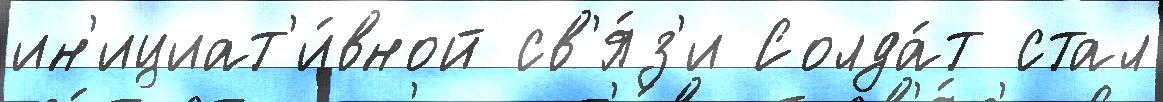
ин'ициат'и́вной св'я́з'и Солда́т стал